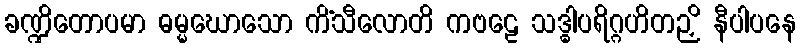
ခဏ္ဍိတောပမာ ဓမ္မဃောသော ကိံသီလောတိ ကဗဠေ သဒ္ဓါပရိဂ္ဂဟိတဉှိ နီပါပနေ